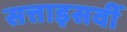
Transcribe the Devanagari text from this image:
सत्ताइसवीं